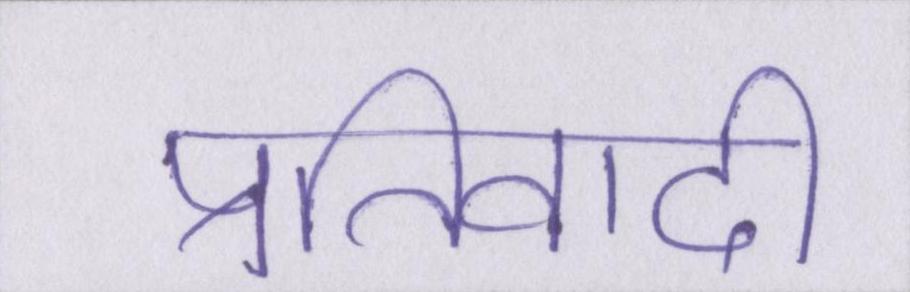
प्रतिवादी